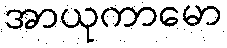
အာယုကာမော